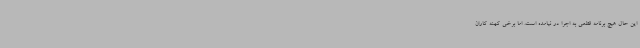
این حال هیچ برنامه قطعی به اجرا در نیامده است. اما برخی کهنه کاران